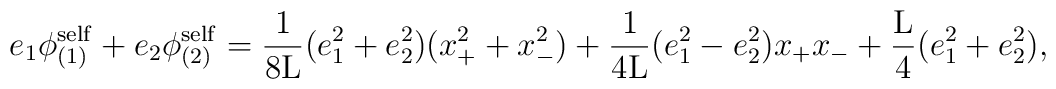
e_1 {\phi}_{(1)}^{\rm self} + e_2 {\phi}_{(2)}^{\rm self} =\frac{1}{8{\rm L}} (e_1^2 + e_2^2) (x_{+}^2 + x_{-}^2)+ \frac{1}{4{\rm L}} (e_1^2 - e_2^2) x_{+}x_{-}+ \frac{{\rm L}}{4} (e_1^2 + e_2^2),